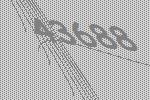
43688